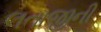
લતાજીની